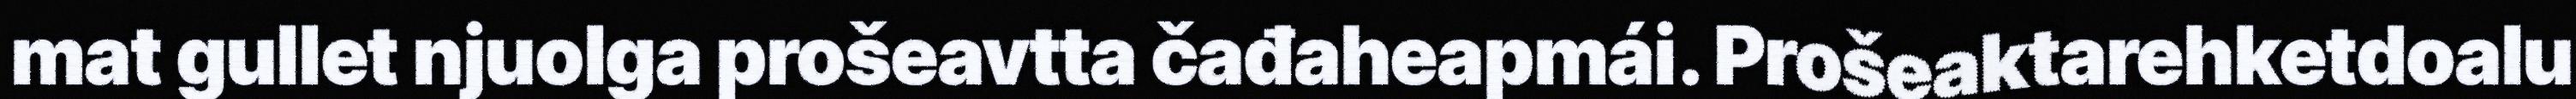
mat gullet njuolga prošeavtta čađaheapmái. Prošeaktarehketdoalu